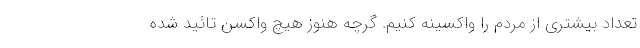
تعداد بیشتری از مردم را واکسینه کنیم. گرچه هنوز هیچ واکسن تائید شده